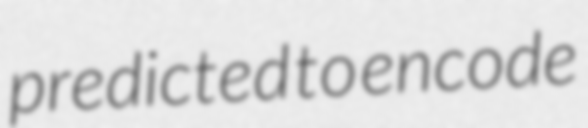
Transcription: predicted to encode